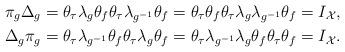
LaTeX: \begin{align*}&\pi_g\Delta_g=\theta_\tau \lambda_{g} \theta_f\theta_\tau \lambda_{g^{-1}} \theta_f=\theta_\tau \theta_f\theta_\tau \lambda_g\lambda_{g^{-1}} \theta_f=I_\mathcal{X},\\&\Delta_g\pi_g=\theta_\tau \lambda_{g^{-1}} \theta_f\theta_\tau \lambda_{g} \theta_f=\theta_\tau \lambda_{g^{-1}}\lambda_g \theta_f\theta_\tau \theta_f=I_\mathcal{X}.\end{align*}